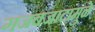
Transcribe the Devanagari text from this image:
गजबजाटामुळे